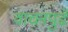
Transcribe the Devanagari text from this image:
वाचनपुढे